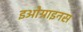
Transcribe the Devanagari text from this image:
इओग्राइनस